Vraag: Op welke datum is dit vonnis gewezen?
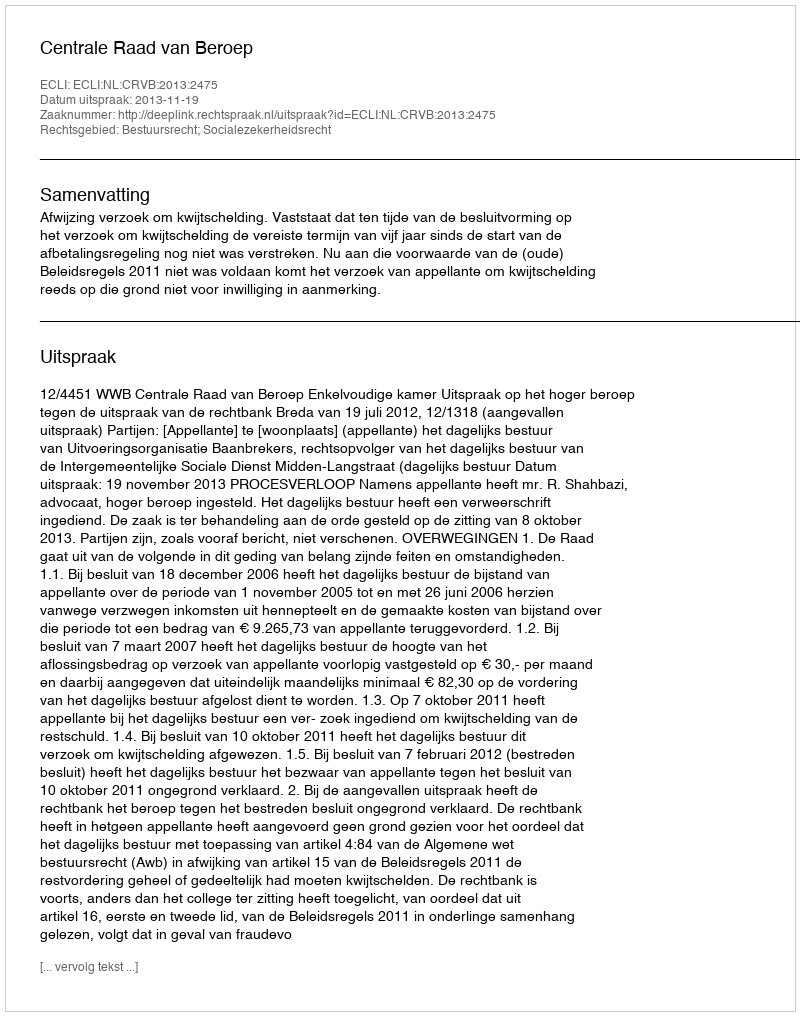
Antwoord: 2013-11-19